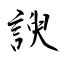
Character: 諛